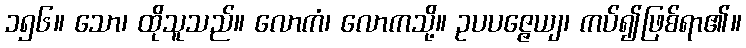
၁၅၆။ သော၊ ထိုသူသည်။ လောကံ၊ လောကသို့။ ဥပပဇ္ဇေယျ၊ ကပ်၍ဖြစ်ရာ၏။